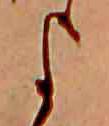
よ